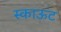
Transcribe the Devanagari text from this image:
स्काऊट